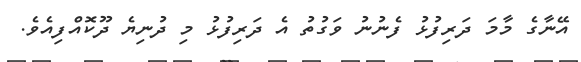
އޭނާގެ މާމަ ދަރިފުޅު ފެނުނު ވަގުތު އެ ދަރިފުޅު މި ދުނިޔެ ދޫކޮއްފިއެވެ.